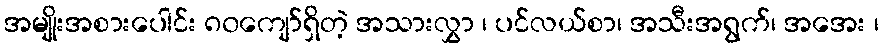
အမျိုးအစားပေါင်း ၈၀ကျော်ရှိတဲ့ အသားလွှာ ၊ ပင်လယ်စာ၊ အသီးအရွက်၊ အအေး ၊